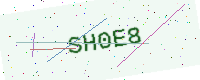
Text: SH0E8